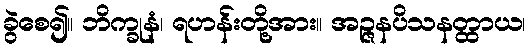
ခွဲစေ၍။ ဘိက္ခုနံ၊ ရဟန်းတို့အား။ အဉ္ဇနပိသနတ္ထာယ၊